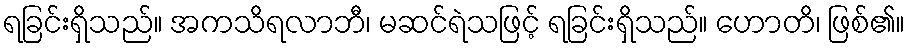
ရခြင်းရှိသည်။ အကသိရလာဘီ၊ မဆင်ရဲသဖြင့် ရခြင်းရှိသည်။ ဟောတိ၊ ဖြစ်၏။